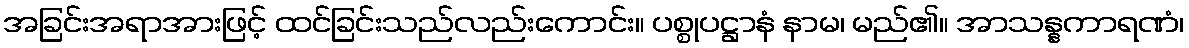
အခြင်းအရာအားဖြင့် ထင်ခြင်းသည်လည်းကောင်း။ ပစ္စုပဋ္ဌာနံ နာမ၊ မည်၏။ အာသန္နကာရဏံ၊